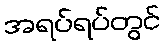
အရပ်ရပ်တွင်